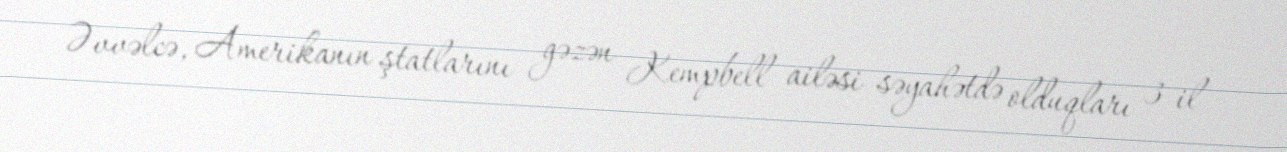
Əvvəlcə, Amerikanın ştatlarını gəzən Kempbell ailəsi səyahətdə olduqları 3 il